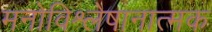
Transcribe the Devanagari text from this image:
मनोविश्लेषानात्मक